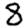
Digit: 8